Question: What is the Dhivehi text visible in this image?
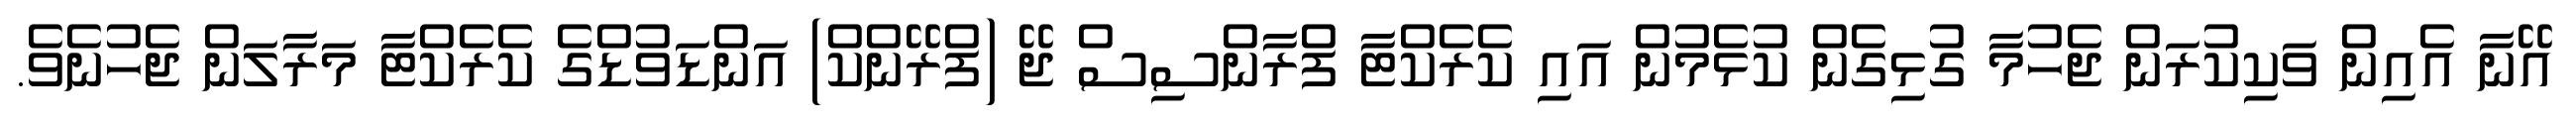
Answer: އޭނާ އެއިން ވަކިކުރަން ޖެހުމާ ގުޅިގެން ކުޅެމުން އައި ކެރެކްޓާ ފްރާންސިސް ޖޭ (ފްރޭންކް) އަންޑަވުޑްގެ ކެރެކްޓާ މަރާލަން ޖެހުނެވެ.